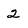
Character: 2